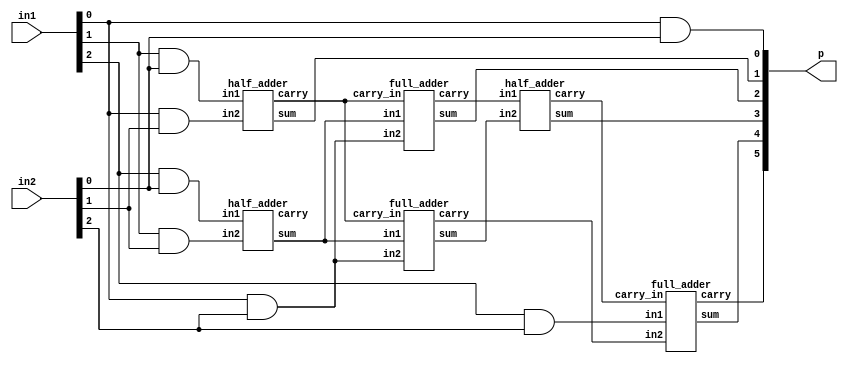
//Developed by: Aashi Srivastava
// TITLE:3-bit multiplier
module multiplier_3bit (
    in1,in2,p
);
    input [2:0] in1,in2;
    output [5:0] p;
    wire wire1,wire2,wire3,wire4,wire5,wire6,wire7,wire8,wire9,wirea,wireb,wirec,wired,wiree,wiref,wireg;

    and a1(p[0],in1[0],in2[0]);
    and a2(wire1, in1[1], in2[0]);
    and a3(wire2,in1[2],in2[0]);
    and a4(wire3,in1[0],in2[1]);
    and a5(wire4,in1[1],in2[1]);
    and a6(wire5,in1[2],in2[1]);
    and a7(wire6,in1[0],in2[2]);
    and a8(wire7,in1[1],in2[2]);
    and a9(wire8,in1[2],in2[2]);

    half_adder h1(p[1], wirea, wire1, wire3);
    half_adder h2(wireb, wirec, wire2, wire4);
    full_adder f1(p[2], wired, wireb ,wire6, wirea);
    full_adder f2(wiree, wiref, wireb, wire6, wirea);
    half_adder h3(p[3], wireg, wired, wiree);
    full_adder f3(p[4],p[5],wire8,wiref,wireg);

endmodule

module half_adder (
    sum,carry,in1,in2
);
    input in1,in2;
    output sum,carry;
    assign sum= in1^in2;
    assign carry = in1&in2;    
endmodule


module full_adder (
    sum,carry,in1,in2,carry_in
);
    input in1,in2, carry_in;
    output sum,carry;
    assign sum= in1^in2^carry_in;
    assign carry = in1&in2 | in2&carry_in | carry_in&in1;    
endmodule